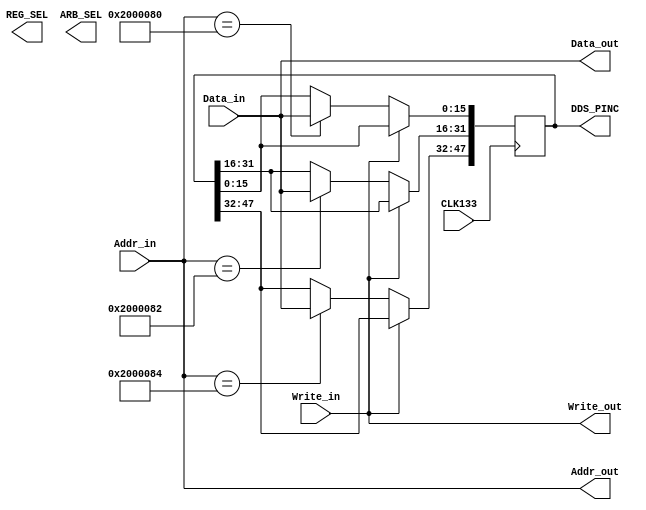
`timescale 1ns / 1ps
//////////////////////////////////////////////////////////////////////////////////
// Company: 
// Engineer: 
// 
// Design Name: 
// Module Name:    DDR_CON 
// Project Name: 
// Target Devices: 
// Tool versions: 
// Description: 
//
// Dependencies: 
//
// Revision: 
// Revision 0.01 - File Created
// Additional Comments: 
//
//////////////////////////////////////////////////////////////////////////////////
module DDR_CON(CLK133,Addr_in, Data_in, Write_in,  Addr_out, Data_out, Write_out,REG_SEL,DDS_PINC,ARB_SEL);
    input [25:0] Addr_in;
    input [15:0] Data_in;
	 input Write_in;
	 input CLK133;		//133M in
    output [25:0] Addr_out;
    output [15:0] Data_out;
    output Write_out;
	 output [3:0]REG_SEL;
	 output [47:0]DDS_PINC;
	 output ARB_SEL;

	 
	reg [15:0]Buf[2:0];//four bufs (16bit),store the data
	reg [47:0]DDS_PINC_BUF;//for chose dds clk,if clk big then 50M then div value from 4,
	reg DDS_PINC_DIV4;
	reg [3:0]REG_SEL;
	reg [7:0]DCM_CNT;
	reg ARB_SEL;

	
	assign Addr_out=Addr_in;	
	assign Write_out=Write_in;
	assign Data_out=Data_in;
	assign DDS_PINC=DDS_PINC_BUF;//
		

	always@(posedge CLK133) 
	begin	
		if(Write_in==0)
		begin
			//=============  DDS ==============================
				//==  L  ==			
			if(Addr_in==26'b10000000000000000010000000)//0x52000080
			begin
				DDS_PINC_BUF[15:0]<=Data_in;
			end
			//==  M  ==
			if(Addr_in==26'b10000000000000000010000010)//52000082
			begin
				DDS_PINC_BUF[31:16]<=Data_in;
			end
				//==  H  ==
			if(Addr_in==26'b10000000000000000010000100)//52000084
			begin
				DDS_PINC_BUF[47:32]<=Data_in;
			end	
		end	
	end



endmodule